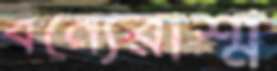
বন্যেরাশ্ম